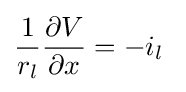
{\frac {1}{r_{l}}}{\frac {\partial V}{\partial x}}=-i_{l}\